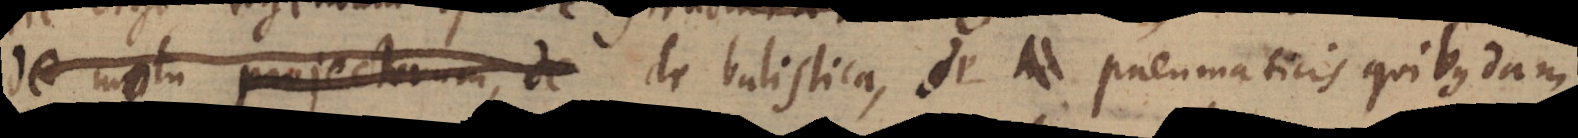
de motu projectorum, de , de balistica, de pneumaticis quibusdam